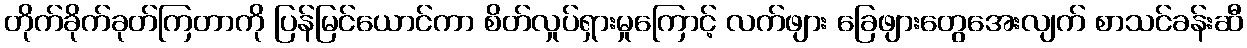
တိုက်ခိုက်ခုတ်ကြတာကို ပြန်မြင်ယောင်ကာ စိတ်လှုပ်ရှားမှုကြောင့် လက်ဖျား ခြေဖျားတွေအေးလျက် စာသင်ခန်းဆီ